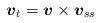
LaTeX: \begin{align*}\mbox{\mathversion{bold}$v$}_{t}=\mbox{\mathversion{bold}$v$}\times \mbox{\mathversion{bold}$v$}_{ss}\end{align*}